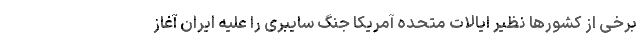
برخی از کشورها نظیر ایالات متحده آمریکا جنگ سایبری را علیه ایران آغاز